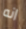
انه